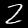
Label: 2